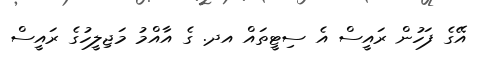
އޭގެ ފަހުން ރައީސް އެ ސިޓީތައް އދ. ގެ އާއްމު މަޖިލީހުގެ ރައީސް